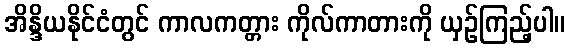
အိန္ဒိယနိုင်ငံတွင် ကာလကတ္တား ကိုလ်ကာတားကို ယှဉ်ကြည့်ပါ။